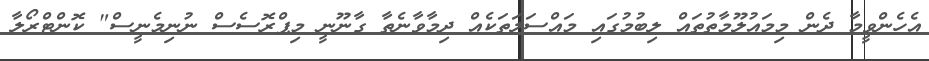
އެހެންވީމާ ދެން މިމައުލޫމާތުތައް ލިބުމުގައި މައްސަލަތަކެއް ދިމާވާނެތާ ގާނޫނީ މިޕްރޮސެސް ނުނިމެނީސް" ކޮންޓްރޯލާ